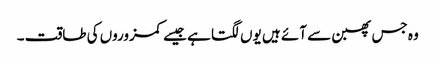
وہ جس پھبن سے آئے ہیں یوں لگتا ہے جیسے کمزوروں کی طاقت ۔